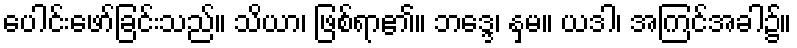
ပေါင်းဖော်ခြင်းသည်။ သိယာ၊ ဖြစ်ရာ၏။ ဘဒ္ဒေ၊ နှမ။ ယဒါ၊ အကြင်အခါ၌။